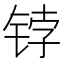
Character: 𰾀